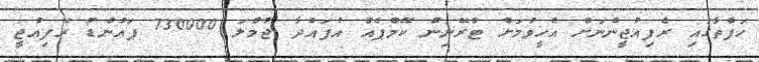
ހަފްތާގައި ރެފިއުޖީންނަށް އެހީވުމަށް ޓްރޭނިން ކޭމްޕެއް އުފައްދާ ޖުމްލަ 730000 ޕައުންޑު ރެފިއުޖީ